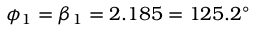
\phi _ { 1 } = \beta _ { 1 } = 2 . 1 8 5 = 1 2 5 . 2 ^ { \circ }